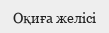
Оқиға желісі